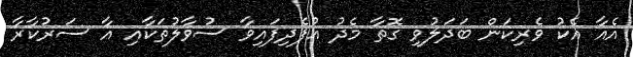
އެއާ އެކު ވެރިކަން ބަދަލުވި ގޮތާ މެދު އުފެދިފައިވާ ސުވާލުތަކާއި އާ ސަރުކާރާ